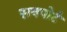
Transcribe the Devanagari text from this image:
सनपोर्ट